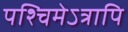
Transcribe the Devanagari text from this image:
पश्चिमेऽत्रापि